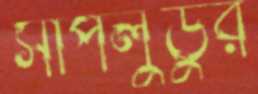
সাপলুডুর